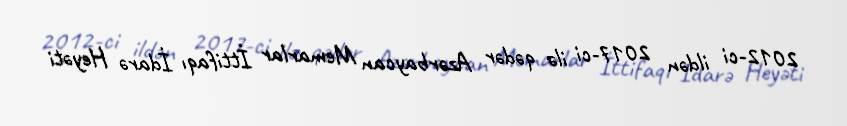
2012-ci ildən 2017-ci ilə qədər Azərbaycan Memarlar İttifaqı İdarə Heyəti